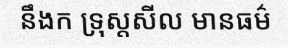
នឹងក ទ្រុស្តសីល មានធម៌